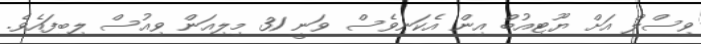
ވިސްލް އަށް ޔޫޓިއުބް އިން އެކަނިވެސް ވަނީ 31 މިލިއަން ވިއުސް ލިބިފައެވެ.